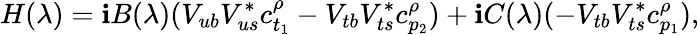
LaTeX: H(\lambda)=\mathbf{i}B(\lambda)(V_{ub}V_{us}^{*}c_{t_{1}}^{\rho}-V_{tb}V_{ts}^{*}c_{p_{2}}^{\rho})+\mathbf{i}C(\lambda)(-V_{tb}V_{ts}^{*}c_{p_{1}}^{\rho}),